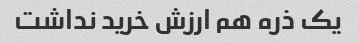
یک ذره هم ارزش خرید نداشت